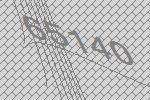
65140